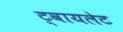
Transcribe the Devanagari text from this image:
ट्वायलेट